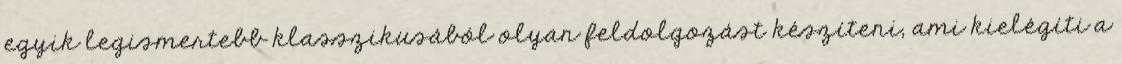
egyik legismertebb klasszikusából olyan feldolgozást készíteni, ami kielégíti a